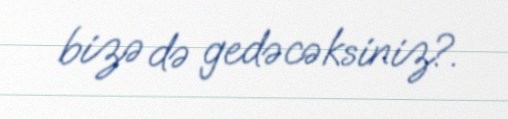
bizə də gedəcəksiniz?.